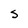
Character: S